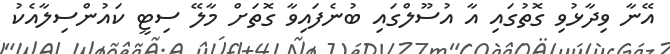
އޭނާ ވިދާޅުވި ގޮތުގައި އާ އުސޫލްގައި ބުނެފައިވާ ގޮތަށް މާލޭ ސިޓީ ކައުންސިލާއެކު